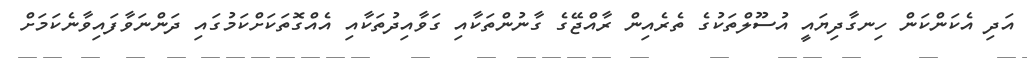
އަދި އެކަންކަން ހިނގާދިޔައީ އުސޫލްތަކުގެ ތެރެއިން ރާއްޖޭގެ ގާނުންތަކާއި ގަވާއިދުތަކާއި އެއްގޮތަކަށްކަމުގައި ދަންނަވާފައިވާނެކަމަށް